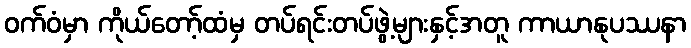
ဝက်ဝံမှာ ကိုယ်တော့်ထံမှ တပ်ရင်းတပ်ဖွဲ့များနှင့်အတူ ကာယာနုပဿနာ